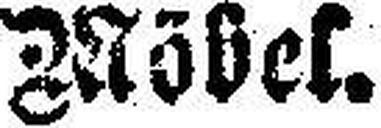
Möbel: